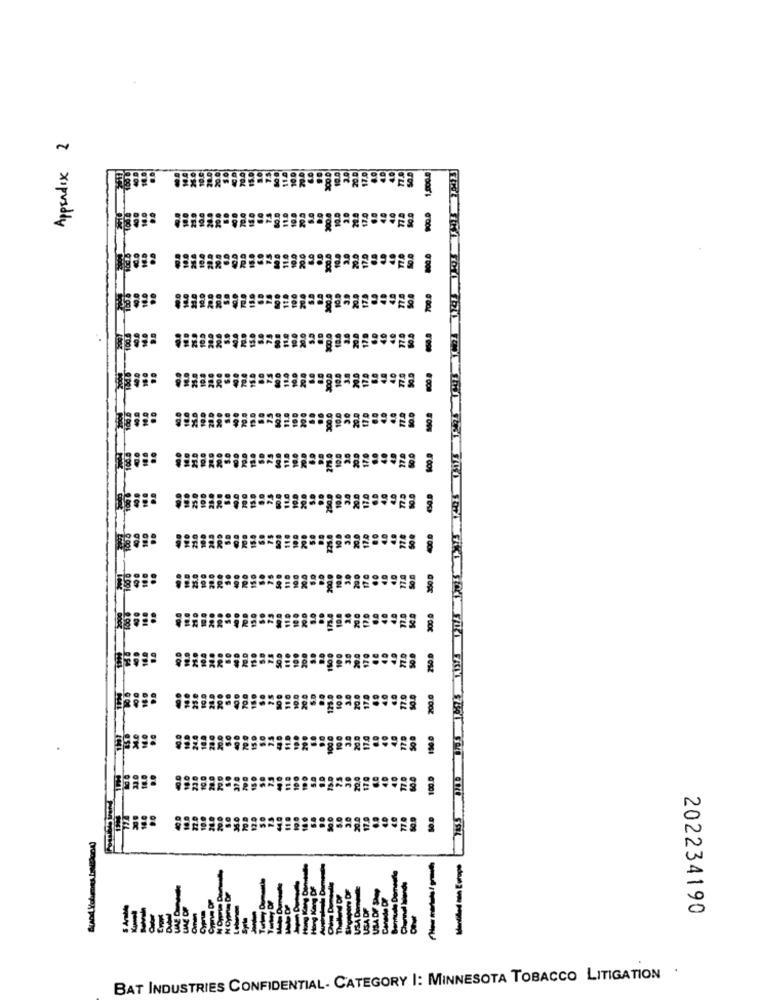
Appendix 2
Montiled on Europe
202234190
BAT INDUSTRIES CONFIDENTIAL- CATEGORY |: MINNESOTA TOBACCO LITIGATION .